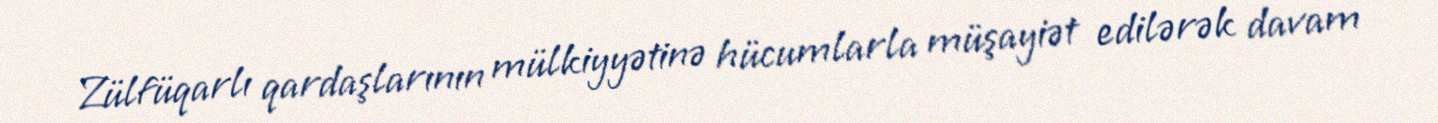
Zülfüqarlı qardaşlarının mülkiyyətinə hücumlarla müşayiət edilərək davam